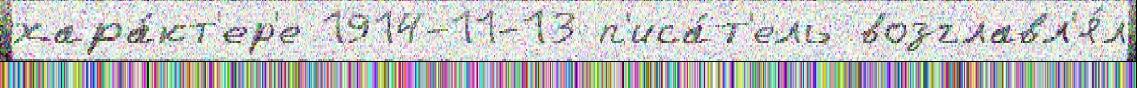
хара́кт'ер'е 1914-11-13 п'иса́т'ель возглавл'я́л